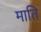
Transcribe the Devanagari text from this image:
माति